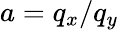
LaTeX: a={{q}_{x}}/{{q}_{y}}